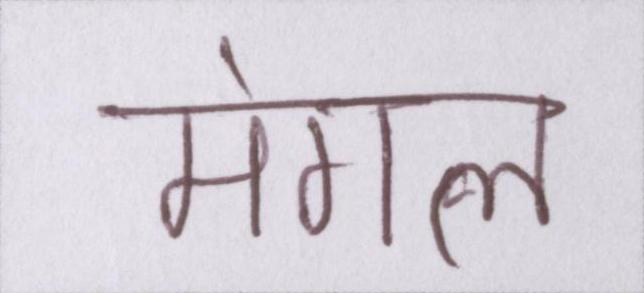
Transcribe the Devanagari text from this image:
मंगल